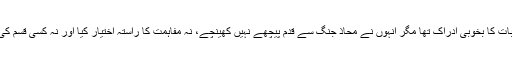
ملّا صاحب کو اس بات کا بخوبی ادراک تھا مگر انہوں نے محاذ جنگ سے قدم پیچھے نہیں کھینچے، نہ مفاہمت کا راستہ اختیار کیا اور نہ کسی قسم کی مداہنت کو راہ دی۔